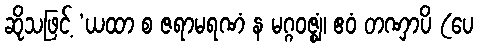
ဆိုသဖြင့် ‘ယထာ စ ဇရာမရဏံ န မဂ္ဂဝဇ္ဈံ၊ ဧဝံ တဏှာပိ (ပေ